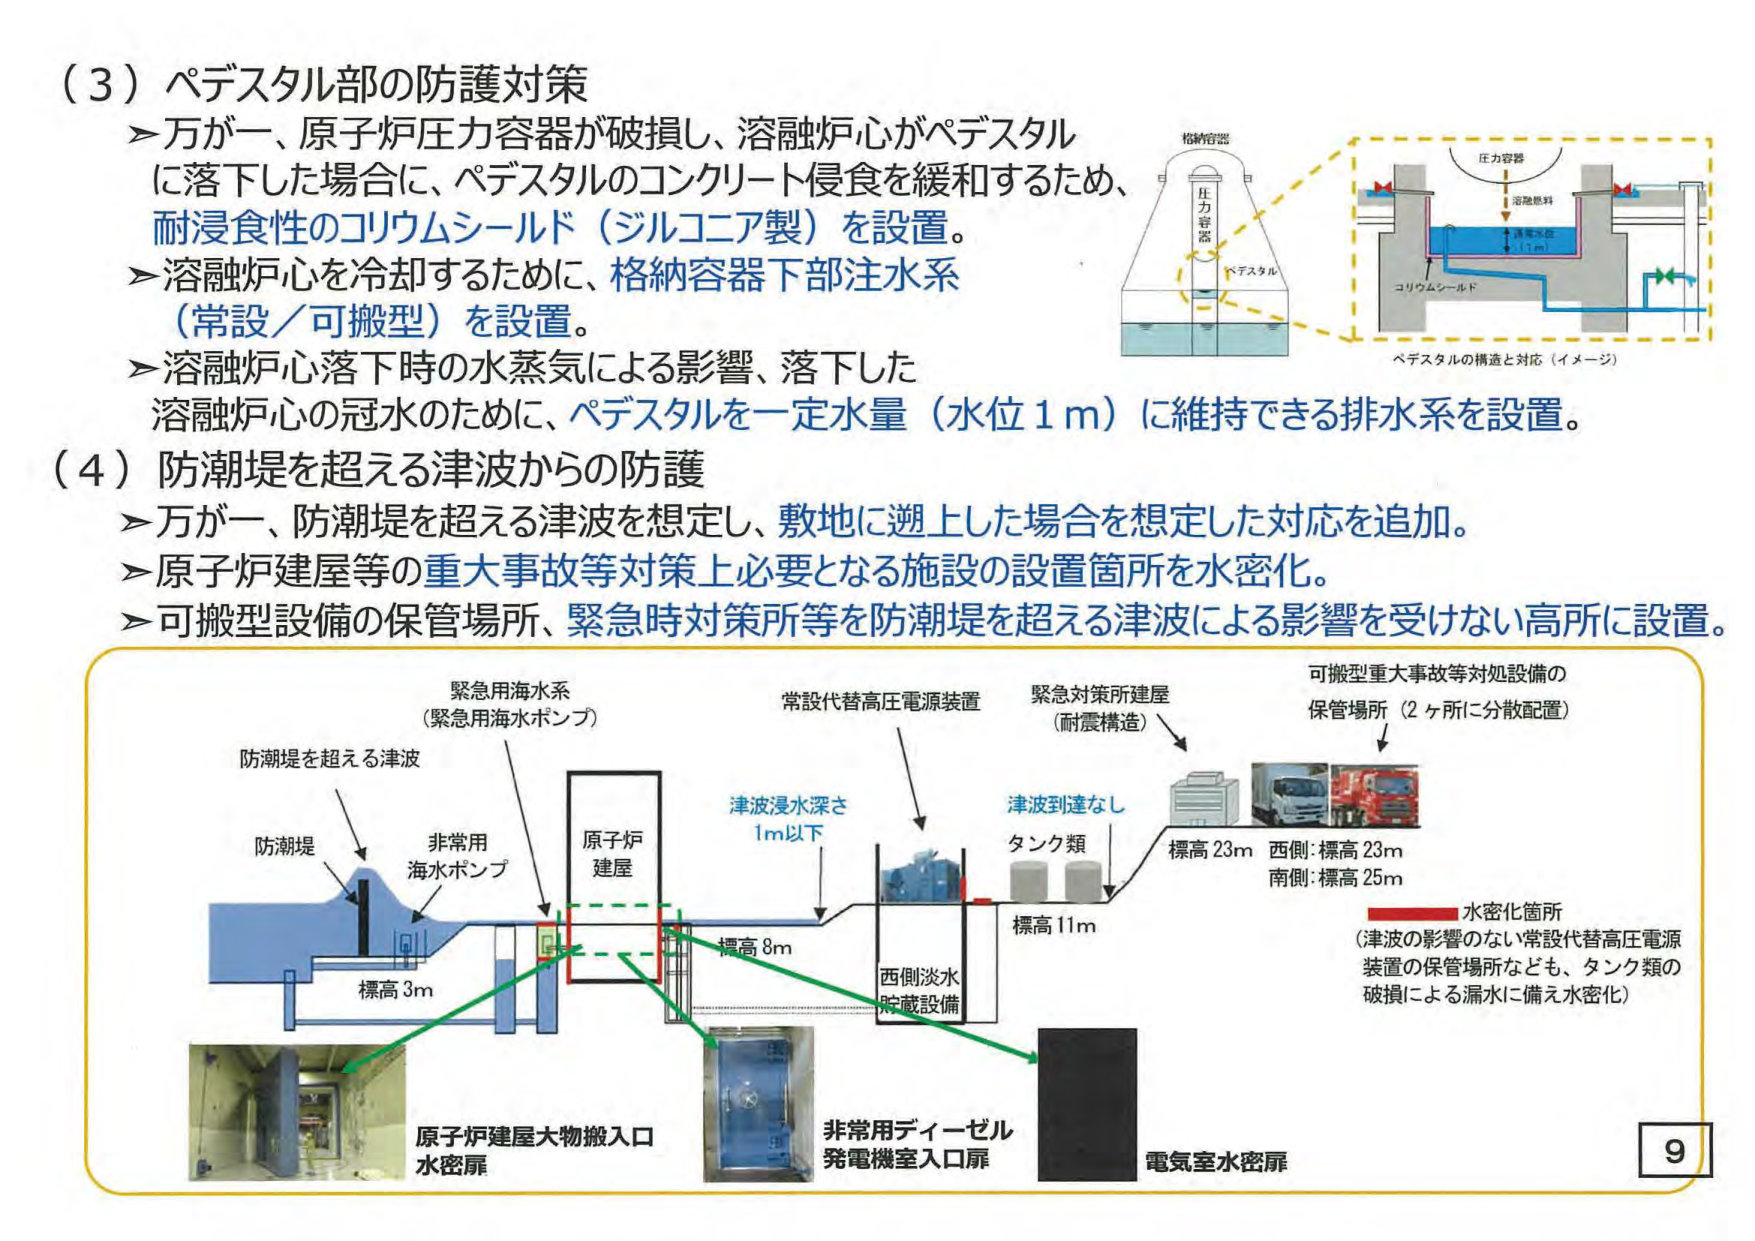
（3）ペデスタル部の防護対策
➤万が一、原子炉圧力容器が破損し、溶融炉心がペデスタルに落下した場合に、ペデスタルのコンクリート侵食を緩和するため、耐浸食性のコリウムシールド（ジルコニア製）を設置。
➤溶融炉心を冷却するために、格納容器下部注水系（常設／可搬型）を設置。
➤溶融炉心落下時の水蒸気による影響、落下した溶融炉心の冠水のために、ペデスタルを一定水量（水位1m）に維持できる排水系を設置。

（4）防潮堤を超える津波からの防護
➤万が一、防潮堤を超える津波を想定し、敷地に遡上した場合を想定した対応を追加。
➤原子炉建屋等の重大事故等対策上必要となる施設の設置箇所を水密化。
➤可搬型設備の保管場所、緊急時対策所等を防潮堤を超える津波による影響を受けない高所に設置。

格納容器
圧力容器
溶融燃料
ペデスタル
コリウムシールド
ペデスタルの構造と対応（イメージ）

防潮堤を超える津波
防潮堤
非常用海水ポンプ
緊急用海水系（緊急用海水ポンプ）
原子炉建屋
標高3m
標高8m
津波浸水深さ1m以下
常設代替高圧電源装置
西側淡水貯蔵設備
緊急対策所建屋（耐震構造）
津波到達なし
タンク類
標高11m
可搬型重大事故等対処設備の保管場所（2ヶ所に分散配置）
標高23m 西側：標高23m 南側：標高25m
水密化箇所（津波の影響のない常設代替高圧電源装置の保管場所なども、タンク類の破損による漏水に備え水密化）
原子炉建屋大物搬入口水密扉
非常用ディーゼル発電機室入口扉
電気室水密扉

9